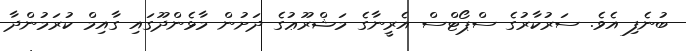
ބުނެފި އެވެ. ސަރުކާރުގެ ސްޕޯޓްސް އެރީނާގެ މަޝްރޫޢުގެ ދަށުން މާޅެންދޫގައި ގާއިމް ކުރަމުންދާ